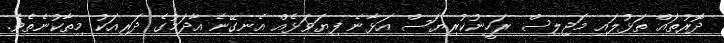
ދޮރުތައް ތަޅުލައި މަޖިލިސް ރަހީނުކުރިޔަސް އަޅާނެ ފިޔަވަޅެއް އެނގޭނެ އާދަމުގެ ދަރިއަކު މިތާކުނެތެވެ.